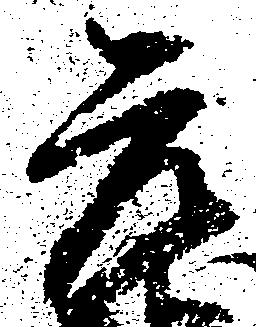
元